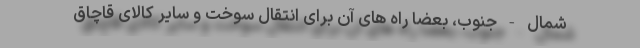
شمال - جنوب، بعضاً راه های آن برای انتقال سوخت و سایر کالای قاچاق